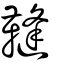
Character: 䩼